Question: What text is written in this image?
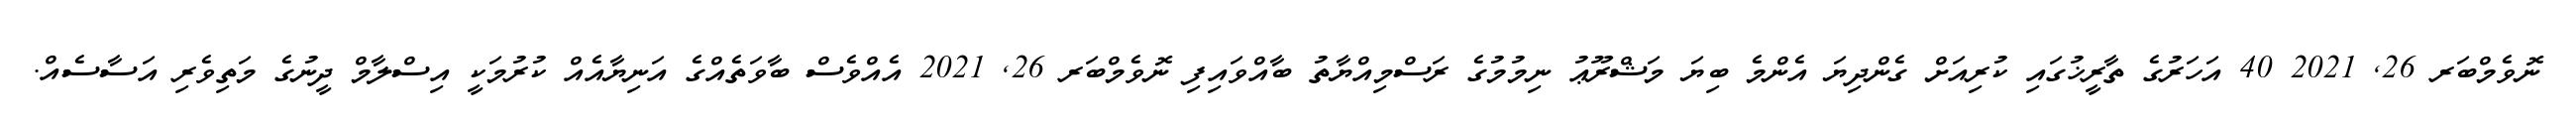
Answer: ނޮވެމްބަރ 26, 2021 40 އަހަރުގެ ތާރީޚުގައި ކުރިއަށް ގެންދިޔަ އެންމެ ބިޔަ މަޝްރޫޢު ނިމުމުގެ ރަސްމިއްޔާތު ބާއްވައިފި ނޮވެމްބަރ 26, 2021 އެއްވެސް ބާވަތެއްގެ އަނިޔާއެއް ކުރުމަކީ އިސްލާމް ދީނުގެ މަތިވެރި އަސާސެއް.